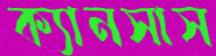
ক্যানসাস